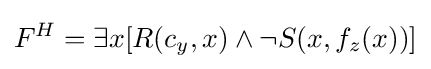
F^{H}=\exists x[R(c_{y},x)\wedge \neg S(x,f_{z}(x))]